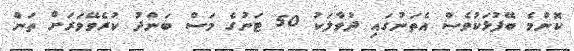
ކޮންމެ ބޭފުޅަކުވެސް އެތަނުގައި ދުވާލަކު 50 ޓަނުގެ މަސް ބަންދު ކުރެވޭވަރަށް ތަން